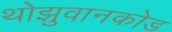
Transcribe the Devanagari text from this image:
थोझुवानकोड